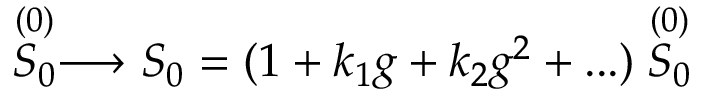
\stackrel { ( 0 ) } { S _ { 0 } } \longrightarrow S _ { 0 } = ( 1 + k _ { 1 } g + k _ { 2 } g ^ { 2 } + . . . ) \stackrel { ( 0 ) } { S _ { 0 } }